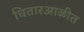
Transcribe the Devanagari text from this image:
चितारआळीत